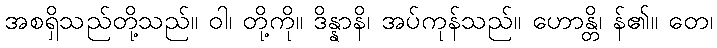
အစရှိသည်တို့သည်။ ဝါ၊ တို့ကို။ ဒိန္နာနိ၊ အပ်ကုန်သည်။ ဟောန္တိ၊ န်၏။ တေ၊